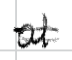
Text: at
Cross-out: double-line
Writing tool: digital_black